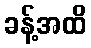
ခန့်အထိ